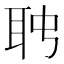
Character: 𦕊